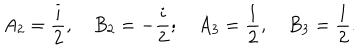
A _ { 2 } = \frac { i } { 2 } , \quad B _ { 2 } = - \frac { i } { 2 } ; \quad A _ { 3 } = \frac { 1 } { 2 } , \quad B _ { 3 } = \frac { 1 } { 2 } .